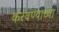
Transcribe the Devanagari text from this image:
करवण्याच्या